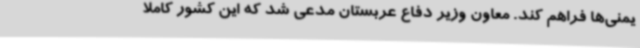
یمنی‌ها فراهم کند. معاون وزیر دفاع عربستان مدعی شد که این کشور کاملا